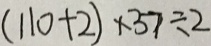
( 1 1 0 + 2 ) \times 3 7 \div 2